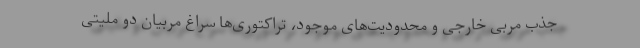
جذب مربی خارجی و محدودیت‌های موجود، تراکتوری‌ها سراغ مربیان دو ملیتی